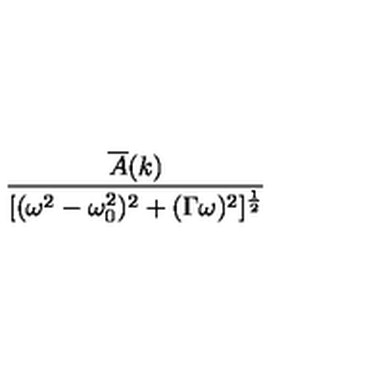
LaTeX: \frac { \overline { A } ( k ) } { \lbrack ( \omega ^ { 2 } - \omega _ { 0 } ^ { 2 } ) ^ { 2 } + ( \Gamma \omega ) ^ { 2 } \rbrack ^ { \frac { 1 } { 2 } } }